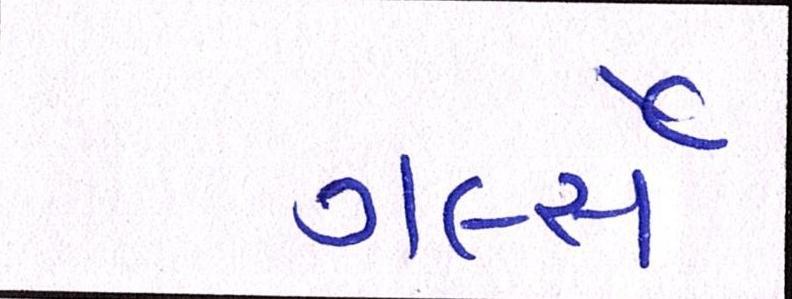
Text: ગર્લ્સે